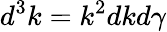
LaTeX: d^{3}k=k^{2}dkd\gamma